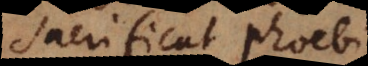
sacrificat Phoebi,